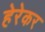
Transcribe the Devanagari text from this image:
हेरेकर